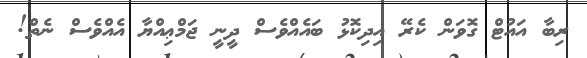
ރިބާ އައުޓް ގޮވަން ކެރޭ އިދިކޮޅު ބައެއްވެސް ދީނީ ޖަމްޢިއްޔާ އެއްވެސް ނެތް!